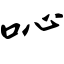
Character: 吣